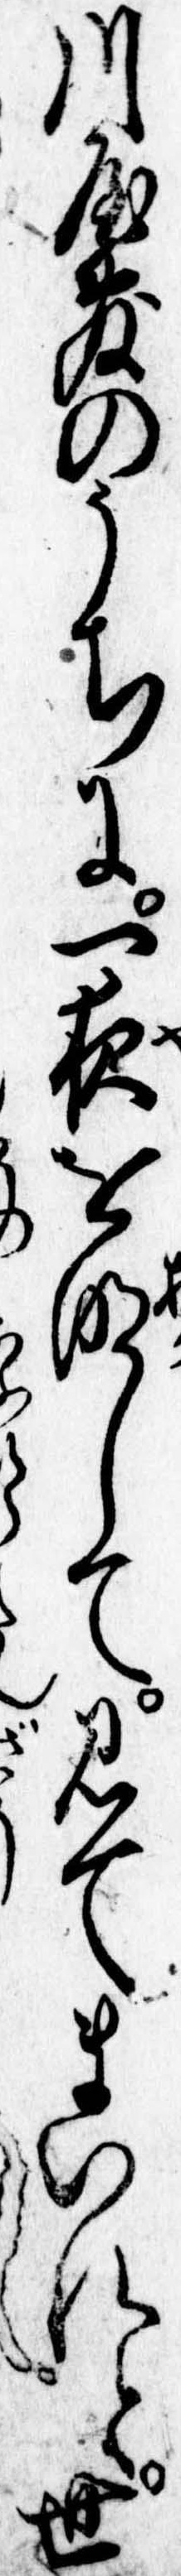
川屋敷のうちに一夜を明して見てまいれと世